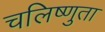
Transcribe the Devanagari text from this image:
चलिष्णुता